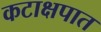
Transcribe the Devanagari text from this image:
कटाक्षपात